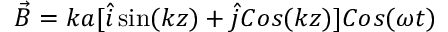
\vec { B } = k a [ \hat { i } \sin ( k z ) + \hat { j } C o s ( k z ) ] C o s ( \omega t )